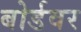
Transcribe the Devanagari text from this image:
बोर्डवर